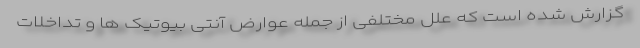
گزارش شده است که علل مختلفی از جمله عوارض آنتی بیوتیک ها و تداخلات